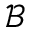
\mathcal { B }